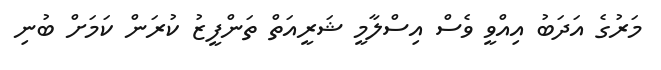
މަރުގެ އަދަބު އިއްވީ ވެސް އިސްލާމީ ޝަރީއަތް ތަންފީޒު ކުރަން ކަމަށް ބުނި